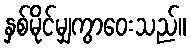
နှစ်မိုင်မျှကွာဝေးသည်။